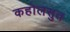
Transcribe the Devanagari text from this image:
कहोलसुत